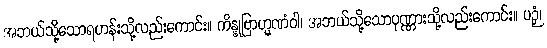
အဘယ်သို့သောရဟန်းသို့လည်းကောင်း။ ကိန္နုဗြာဟ္မဏံဝါ၊ အဘယ်သို့သောပုဏ္ဏားသို့လည်းကောင်း။ ပဉှံ၊